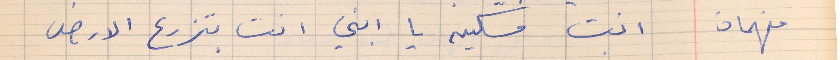
فهمان    انت مسكين يا ابني انت بتزرع الارض